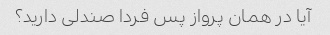
آیا در همان پرواز پس فردا صندلی دارید؟